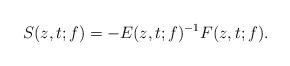
LaTeX: \begin{align*}S(z,t;f)=-E(z,t;f)^{-1}F(z,t;f).\end{align*}